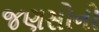
જણસોનો